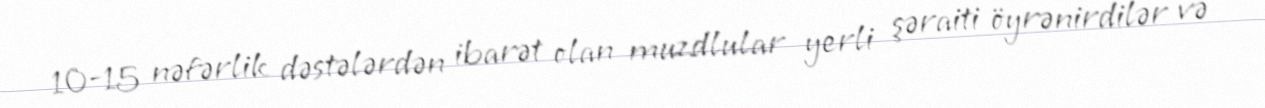
10-15 nəfərlik dəstələrdən ibarət olan muzdlular yerli şəraiti öyrənirdilər və